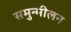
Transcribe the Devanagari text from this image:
समुन्मीलन